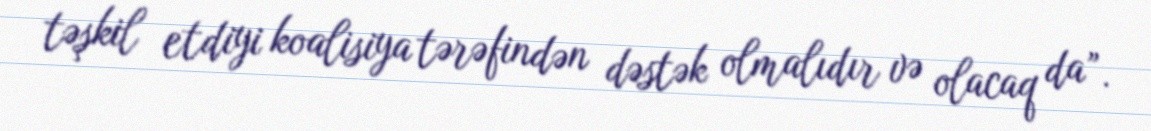
təşkil etdiyi koalisiya tərəfindən dəstək olmalıdır və olacaq da”.